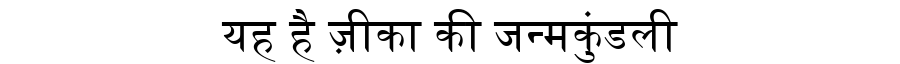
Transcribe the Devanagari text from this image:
यह है ज़ीका की जन्मकुंडली